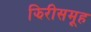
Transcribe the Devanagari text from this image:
झिरीसमूह